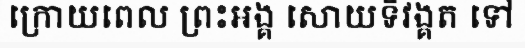
ក្រោយពេល ព្រះអង្គ សោយទិវង្គត ទៅ